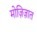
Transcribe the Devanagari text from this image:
मोज़िज़ात